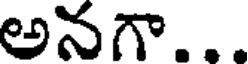
అనగా...